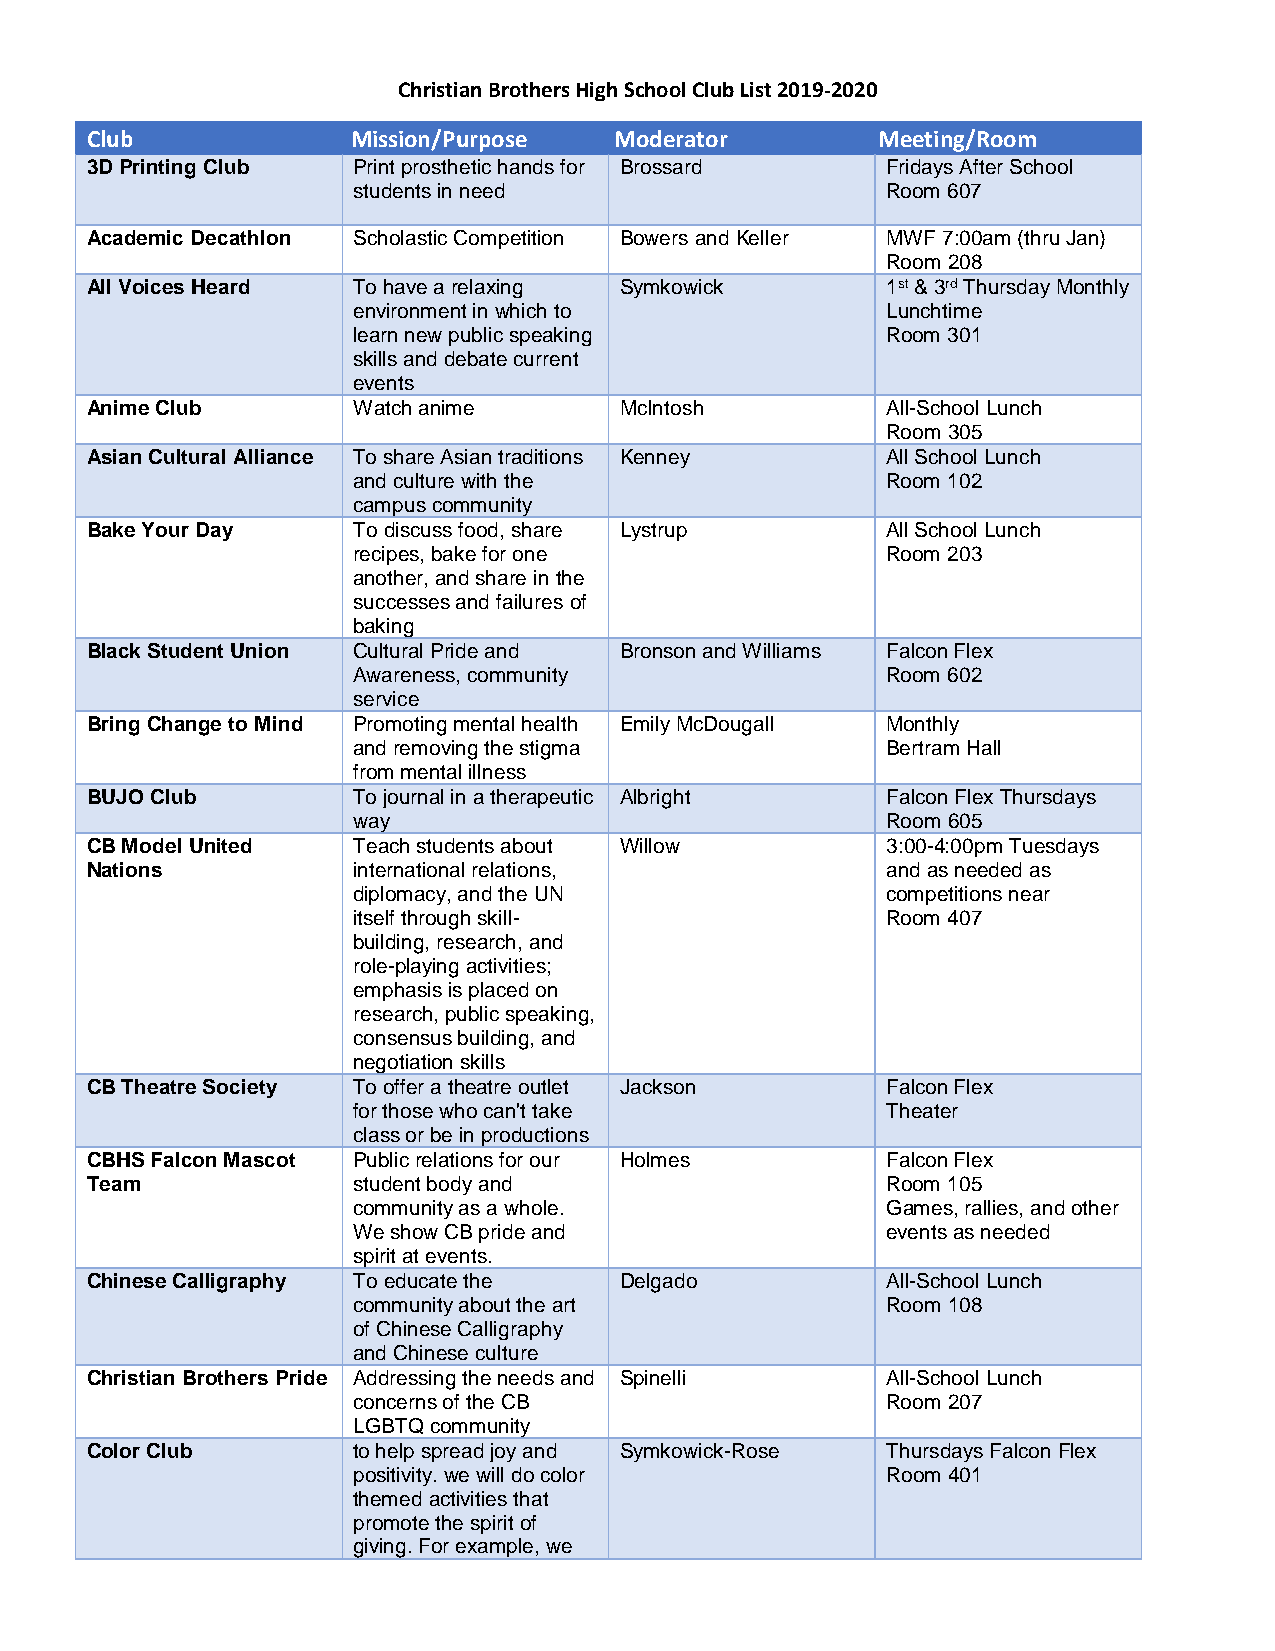
Christian Brothers High School Club List 2019-2020
 Club             Mission/Purpose   Moderator        Meeting/Room
 3D Printing Club Print prosthetic hands for Brossard Fridays After School
 students in need                    Room 607
 Academic Decathlon Scholastic Competition Bowers and Keller MWF 7:00am (thru Jan)
 Room 208
 All Voices Heard To have a relaxing Symkowick        1st & 3rd Thursday Monthly
 environment in which to             Lunchtime
 learn new public speaking           Room 301
 skills and debate current
 events
 Anime Club       Watch anime       McIntosh          All-School Lunch
 Room 305
 Asian Cultural Alliance To share Asian traditions Kenney All School Lunch
 and culture with the                Room 102
 campus community
 Bake Your Day    To discuss food, share Lystrup      All School Lunch
 recipes, bake for one               Room 203
 another, and share in the
 successes and failures of
 baking
 Black Student Union Cultural Pride and Bronson and Williams Falcon Flex
 Awareness, community                Room 602
 service
 Bring Change to Mind Promoting mental health Emily McDougall Monthly
 and removing the stigma             Bertram Hall
 from mental illness
 BUJO Club        To journal in a therapeutic Albright Falcon Flex Thursdays
 way                                 Room 605
 CB Model United  Teach students about Willow         3:00-4:00pm Tuesdays
 Nations          international relations,            and as needed as
 diplomacy, and the UN               competitions near
 itself through skill-               Room 407
 building, research, and
 role-playing activities;
 emphasis is placed on
 research, public speaking,
 consensus building, and
 negotiation skills
 CB Theatre Society To offer a theatre outlet Jackson Falcon Flex
 for those who can't take            Theater
 class or be in productions
 CBHS Falcon Mascot Public relations for our Holmes   Falcon Flex
 Team             student body and                    Room 105
 community as a whole.               Games, rallies, and other
 We show CB pride and                events as needed
 spirit at events.
 Chinese Calligraphy To educate the Delgado           All-School Lunch
 community about the art             Room 108
 of Chinese Calligraphy
 and Chinese culture
 Christian Brothers Pride Addressing the needs and Spinelli All-School Lunch
 concerns of the CB                  Room 207
 LGBTQ community
 Color Club       to help spread joy and Symkowick-Rose Thursdays Falcon Flex
 positivity. we will do color        Room 401
 themed activities that
 promote the spirit of
 giving. For example, we